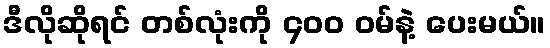
ဒီလိုဆိုရင် တစ်လုံးကို ၄၀၀ ဝမ်နဲ့ ပေးမယ်။